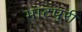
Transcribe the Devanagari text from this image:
भाटपुरी